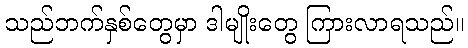
သည်ဘက်နှစ်တွေမှာ ဒါမျိုးတွေ ကြားလာရသည်။